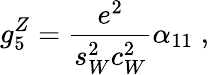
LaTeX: g_{5}^{Z}=\frac{e^{2}}{s_{W}^{2}c_{W}^{2}}\alpha_{11}\; ,